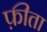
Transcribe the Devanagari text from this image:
फ़ीता